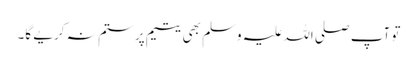
تو آپ صلی اللہ علیہ وسلم بھی یتیم پر ستم نہ کریے گا۔